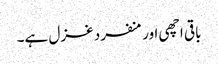
باقی اچھی اور منفرد غزل ہے۔